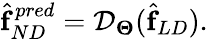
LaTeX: \begin{array}{r}{\hat{\boldsymbol{\mathrm{f}}}_{ND}^{pred}=\mathcal{D}_{\boldsymbol{\Theta}}(\hat{\boldsymbol{\mathrm{f}}}_{{LD}}).}\end{array}